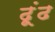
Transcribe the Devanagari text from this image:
ढ़ूंढ